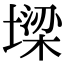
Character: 墚